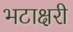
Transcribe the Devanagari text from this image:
भटाक्षरी